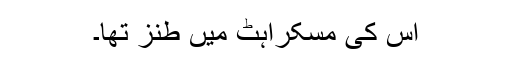
اس کی مسکراہٹ میں طنز تھا۔